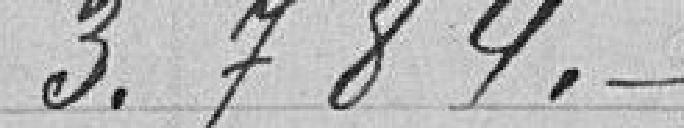
3.784 francs